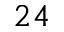
2 4